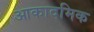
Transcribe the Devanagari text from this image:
आकादमिक